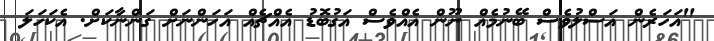
"އަހަރެން އަސްލުވެސް ބޭނުމެއް ނޫން އެއްވެސް އަގުބޮޑު އެއްޗެއް އަހަންނަށް ގަންނާކަށް. އެކަހަލަ